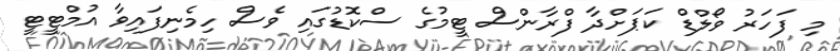
މި ފަހަރު ވޯލްޑް ކަޕަށްދާ ފްރާންސް ޓީމުގެ ސްކޮޑުގައި ވެސް ހިމެނިފައިވާ އުމްޓީޓީ